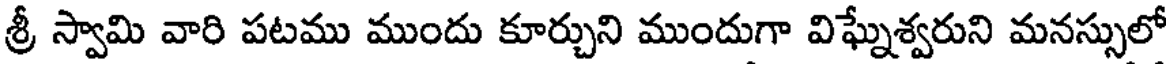
శ్రీ స్వామి వారి పటము ముందు కూర్చుని ముందుగా విఘ్నేశ్వరుని మనస్సులో